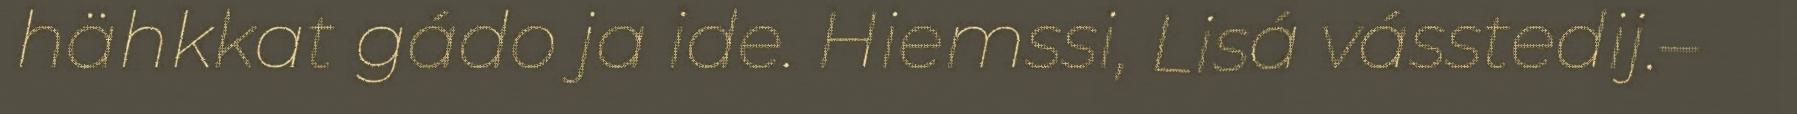
hähkkat gádo ja ide. Hiemssi, Lisá vásstedij.–